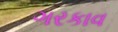
ગરકાવ